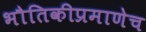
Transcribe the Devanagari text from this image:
भौतिकीप्रमाणेच